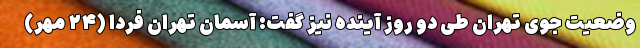
وضعیت جوی تهران طی دو روز آینده نیز گفت: آسمان تهران فردا (۲۴ مهر)